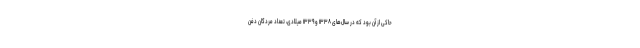
حاکی از آن بود که در سال‌های ۱۳۳۸ و ۱۳۳۹ میلادی، تعداد مردگان دفن